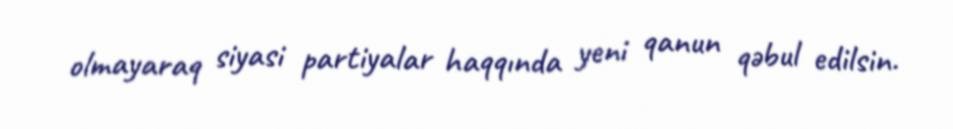
olmayaraq siyasi partiyalar haqqında yeni qanun qəbul edilsin.